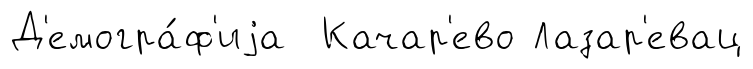
Д'емогра́ф'иjа Качар'ево Лазар'евац